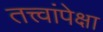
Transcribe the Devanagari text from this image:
तत्त्वांपेक्षा